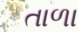
તાળા